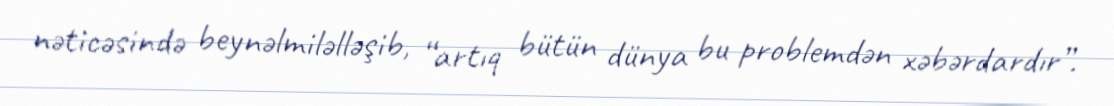
nəticəsində beynəlmiləlləşib, “artıq bütün dünya bu problemdən xəbərdardır”.